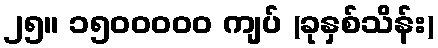
၂၅။ ၁၅၀၀၀၀၀ ကျပ် (ခုနှစ်သိန်း)